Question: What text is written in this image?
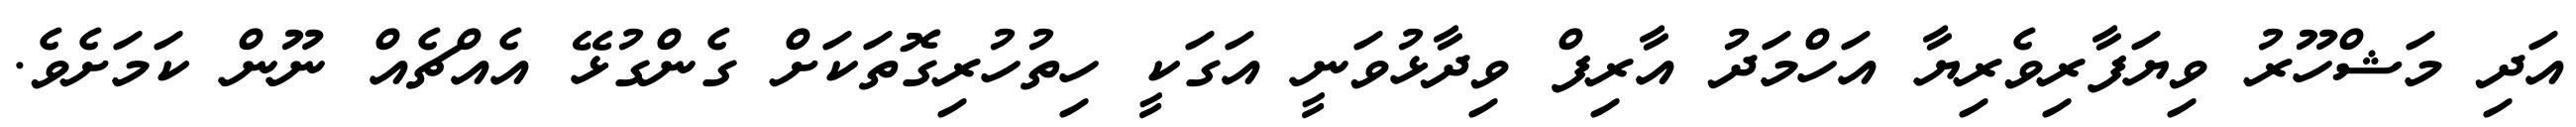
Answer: އަދި މަޝްހޫރު ވިޔަފާރިވެރިޔާ އަހްމަދު އާރިފް ވިދާޅުވަނީ އަގަކީ ހިތުހުރިގޮތަކަށް ގެންގުޅޭ އެއްޗެއް ނޫން ކަމަށެވެ.